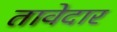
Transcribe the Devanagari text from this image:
तावेदार